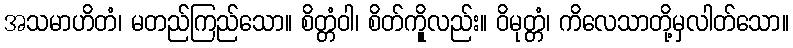
အသမာဟိတံ၊ မတည်ကြည်သော။ စိတ္တံဝါ၊ စိတ်ကိုူလည်း။ ဝိမုတ္တံ၊ ကိလေသာတို့မှလါတ်သော။